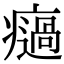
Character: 𤻌